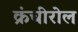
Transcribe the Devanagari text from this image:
क्रंचीरोल